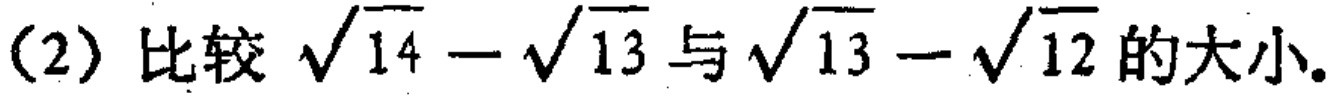
(2) 比较$\sqrt{14}-\sqrt{13}$与$\sqrt{13}-\sqrt{12}$的大小.